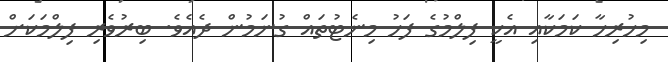
މިހުރިހާ ކަމަކާއި އެކީ ފިލްމުގެ ފަހު މިނެޓުތައް ގުނަމުން ދެއެވެ. ބިރުވެރި ފިލްމަކަށް